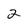
Character: 2